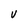
Character: V